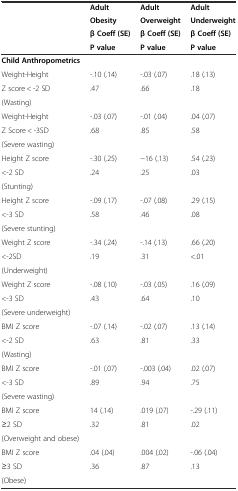
<table><thead><tr><td rowspan="2"></td><td><b>Adult</b></td><td><b>Adult</b></td><td><b>Adult</b></td></tr><tr><td><b>Obesity</b></td><td><b>Overweight</b></td><td><b>Underweight</b></td></tr><tr><td></td><td><b>β Coeff (SE)</b></td><td><b>β Coeff (SE)</b></td><td><b>β Coeff (SE)</b></td></tr><tr><td></td><td><b>P value</b></td><td><b>P value</b></td><td><b>P value</b></td></tr></thead><tbody><tr><td><b>Child Anthropometrics</b></td><td></td><td></td><td></td></tr><tr><td>Weight-Height</td><td>-.10 (.14)</td><td>-.03 (.07)</td><td>.18 (.13)</td></tr><tr><td>Z score &lt; -2 SD</td><td>.47</td><td>.66</td><td>.18</td></tr><tr><td>(Wasting)</td><td></td><td></td><td></td></tr><tr><td>Weight-Height</td><td>-.03 (.07)</td><td>-.01 (.04)</td><td>.04 (.07)</td></tr><tr><td>Z Score &lt; -3SD</td><td>.68</td><td>.85</td><td>.58</td></tr><tr><td>(Severe wasting)</td><td></td><td></td><td></td></tr><tr><td>Height Z score</td><td>-.30 (.25)</td><td>−16 (.13)</td><td>.54 (.23)</td></tr><tr><td>&lt;-2 SD</td><td>.24</td><td>.25</td><td>.03</td></tr><tr><td>(Stunting)</td><td></td><td></td><td></td></tr><tr><td>Height Z score</td><td>-.09 (.17)</td><td>-.07 (.08)</td><td>.29 (.15)</td></tr><tr><td>&lt;-3 SD</td><td>.58</td><td>.46</td><td>.08</td></tr><tr><td>(Severe stunting)</td><td></td><td></td><td></td></tr><tr><td>Weight Z score</td><td>-.34 (.24)</td><td>-.14 (.13)</td><td>.66 (.20)</td></tr><tr><td>&lt;-2SD</td><td>.19</td><td>.31</td><td>&lt;.01</td></tr><tr><td>(Underweight)</td><td></td><td></td><td></td></tr><tr><td>Weight Z score</td><td>-.08 (.10)</td><td>-.03 (.05)</td><td>.16 (.09)</td></tr><tr><td>&lt;-3 SD</td><td>.43</td><td>.64</td><td>.10</td></tr><tr><td>(Severe underweight)</td><td></td><td></td><td></td></tr><tr><td>BMI Z score</td><td>-.07 (.14)</td><td>-.02 (.07)</td><td>.13 (.14)</td></tr><tr><td>&lt;-2 SD</td><td>.63</td><td>.81</td><td>.33</td></tr><tr><td>(Wasting)</td><td></td><td></td><td></td></tr><tr><td>BMI Z score</td><td>-.01 (.07)</td><td>-.003 (.04)</td><td>.02 (.07)</td></tr><tr><td>&lt;-3 SD</td><td>.89</td><td>.94</td><td>.75</td></tr><tr><td>(Severe wasting)</td><td></td><td></td><td></td></tr><tr><td>BMI Z score</td><td>14 (.14)</td><td>.019 (.07)</td><td>-.29 (.11)</td></tr><tr><td>≥2 SD</td><td>.32</td><td>.81</td><td>.02</td></tr><tr><td>(Overweight and obese)</td><td></td><td></td><td></td></tr><tr><td>BMI Z score</td><td>.04 (.04)</td><td>.004 (.02)</td><td>-.06 (.04)</td></tr><tr><td>≥3 SD</td><td>.36</td><td>.87</td><td>.13</td></tr><tr><td>(Obese)</td><td></td><td></td><td></td></tr></tbody></table>